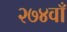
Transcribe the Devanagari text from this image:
२७४वाँ